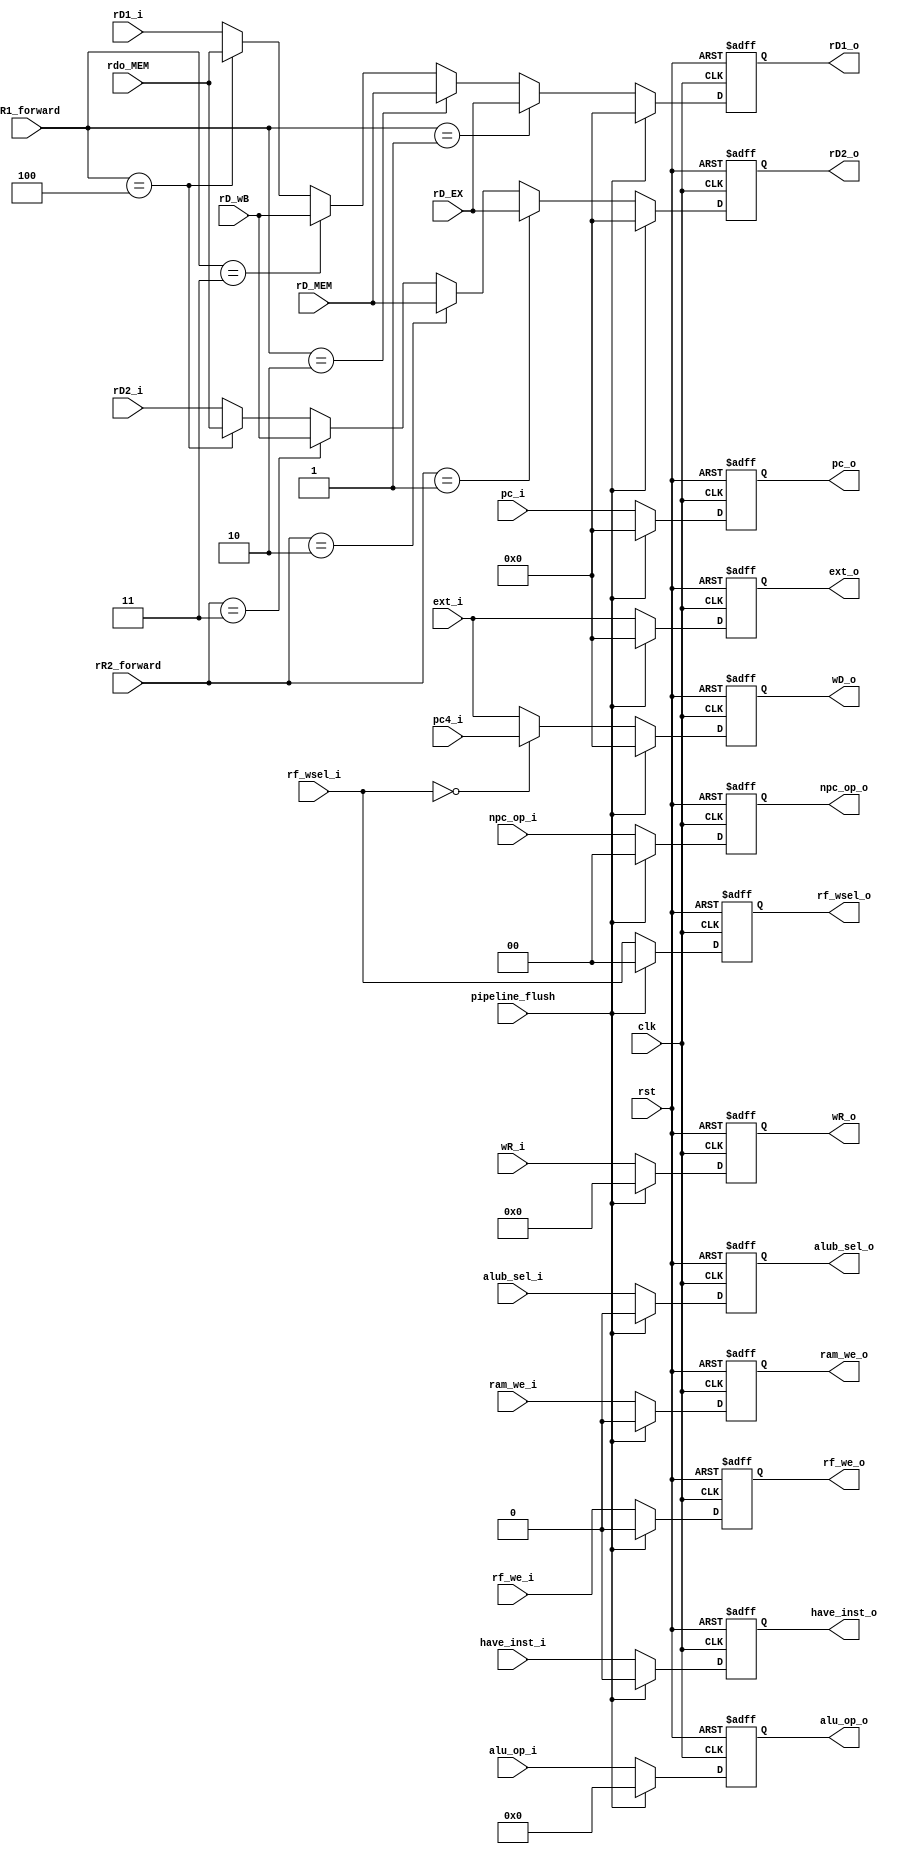
module ID_EX (
    input clk,
    input rst,
    input pipeline_flush,

    input [31:0]pc_i,
    output reg [31:0]pc_o,
    input have_inst_i,
    output reg have_inst_o,

    input [1:0]rf_wsel_i,
    input rf_we_i,
    input alub_sel_i,
    input [3:0]alu_op_i,
    input ram_we_i,
    input [31:0]rD1_i,
    input [31:0]rD2_i,
    input [31:0]ext_i,
    input [4:0]wR_i,
    input [31:0]pc4_i,
    input [1:0]npc_op_i,

    output reg [1:0]rf_wsel_o,
    output reg rf_we_o,
    output reg alub_sel_o,
    output reg [3:0]alu_op_o,
    output reg ram_we_o,
    output reg [31:0]rD1_o,
    output reg [31:0]rD2_o,
    output reg [31:0]ext_o,
    output reg [4:0]wR_o,
    output reg [1:0]npc_op_o,
    output reg [31:0]wD_o,

    input [31:0]rD_EX,
    input [31:0]rD_MEM,
    input [31:0]rD_wB,
    input [31:0]rdo_MEM,
    input [2:0]rR1_forward,
    input [2:0]rR2_forward	
);

    always @(posedge clk or posedge rst) begin
        if(rst) rf_wsel_o<=2'b0;
        else if(pipeline_flush) rf_wsel_o <= 2'b0;
        else    rf_wsel_o<=rf_wsel_i;
    end
    
    always @(posedge clk or posedge rst) begin
        if(rst) rf_we_o<=1'b0;
        else if(pipeline_flush) rf_we_o <= 1'b0;
        else    rf_we_o<=rf_we_i;
    end

    always @(posedge clk or posedge rst) begin
        if(rst) alub_sel_o<=1'b0;
        else if(pipeline_flush) alub_sel_o <= 1'b0;
        else    alub_sel_o<=alub_sel_i;
    end

    always @(posedge clk or posedge rst) begin
        if(rst) alu_op_o<=4'd0;
        else if(pipeline_flush) alu_op_o <= 4'b0;
        else    alu_op_o<=alu_op_i;
    end

    always @(posedge clk or posedge rst) begin
        if(rst) ram_we_o<=1'b0;
        else if(pipeline_flush) ram_we_o <= 1'b0;
        else    ram_we_o<=ram_we_i;
    end

    always @(posedge clk or posedge rst) begin
        if(rst) rD1_o<=32'b0;
        else if(pipeline_flush) rD1_o <= 32'b0;
        else if(rR1_forward==3'd1) rD1_o <= rD_EX;
        else if(rR1_forward==3'd2) rD1_o <= rD_MEM;
        else if(rR1_forward==3'd3) rD1_o <= rD_wB;
        else if(rR1_forward==3'd4) rD1_o <= rdo_MEM;
        else    rD1_o<=rD1_i;
    end

    always @(posedge clk or posedge rst) begin
        if(rst) rD2_o<=32'b0;
        else if(pipeline_flush) rD2_o <= 32'b0;
        else if(rR2_forward==3'd1) rD2_o <= rD_EX;
        else if(rR2_forward==3'd2) rD2_o <= rD_MEM;
        else if(rR2_forward==3'd3) rD2_o <= rD_wB;
        else if(rR1_forward==3'd4) rD2_o <= rdo_MEM;
        else    rD2_o<=rD2_i;
    end

    always @(posedge clk or posedge rst) begin
        if(rst) ext_o<=32'b0;
        else if(pipeline_flush) ext_o <= 32'b0;
        else    ext_o<=ext_i;
    end

    always @(posedge clk or posedge rst) begin
        if(rst) wR_o<=5'b0;
        else if(pipeline_flush) wR_o <= 5'b0;
        else    wR_o<=wR_i;
    end

    always @(posedge clk or posedge rst) begin
        if(rst) wD_o <= 32'd0;
        else if(pipeline_flush) wD_o <= 32'd0;
        else if(rf_wsel_i == 2'd0) wD_o <= pc4_i;
        else wD_o <= ext_i;
    end

    always @(posedge clk or posedge rst) begin
        if(rst) npc_op_o<=2'b0;
        else if(pipeline_flush) npc_op_o <= 2'b0;
        else    npc_op_o<=npc_op_i;
    end

    always @ (posedge clk or posedge rst) begin
        if(rst)      pc_o <= 32'b0;
        else if(pipeline_flush) pc_o <= 32'b0;
        else            pc_o <= pc_i;
    end

    always @ (posedge clk or posedge rst) begin
        if(rst)      have_inst_o <= 1'b0;
        else if(pipeline_flush) have_inst_o <= 1'b0;
        else            have_inst_o <= have_inst_i;
    end

endmodule